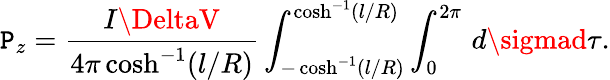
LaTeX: \mathtt{P}_{z}=\frac{{I\DeltaV}}{{4\pi\cosh^{-1}(l/R)}}\int_{-\cosh^{-1}(l/R)}^{\cosh^{-1}(l/R)}\int_{0}^{2\pi}\, d\sigmad\tau.